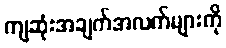
ကျဆုံးအချက်အလက်များကို